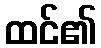
ထင်၏